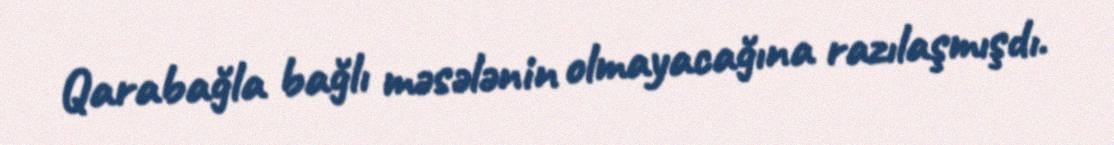
Qarabağla bağlı məsələnin olmayacağına razılaşmışdı.